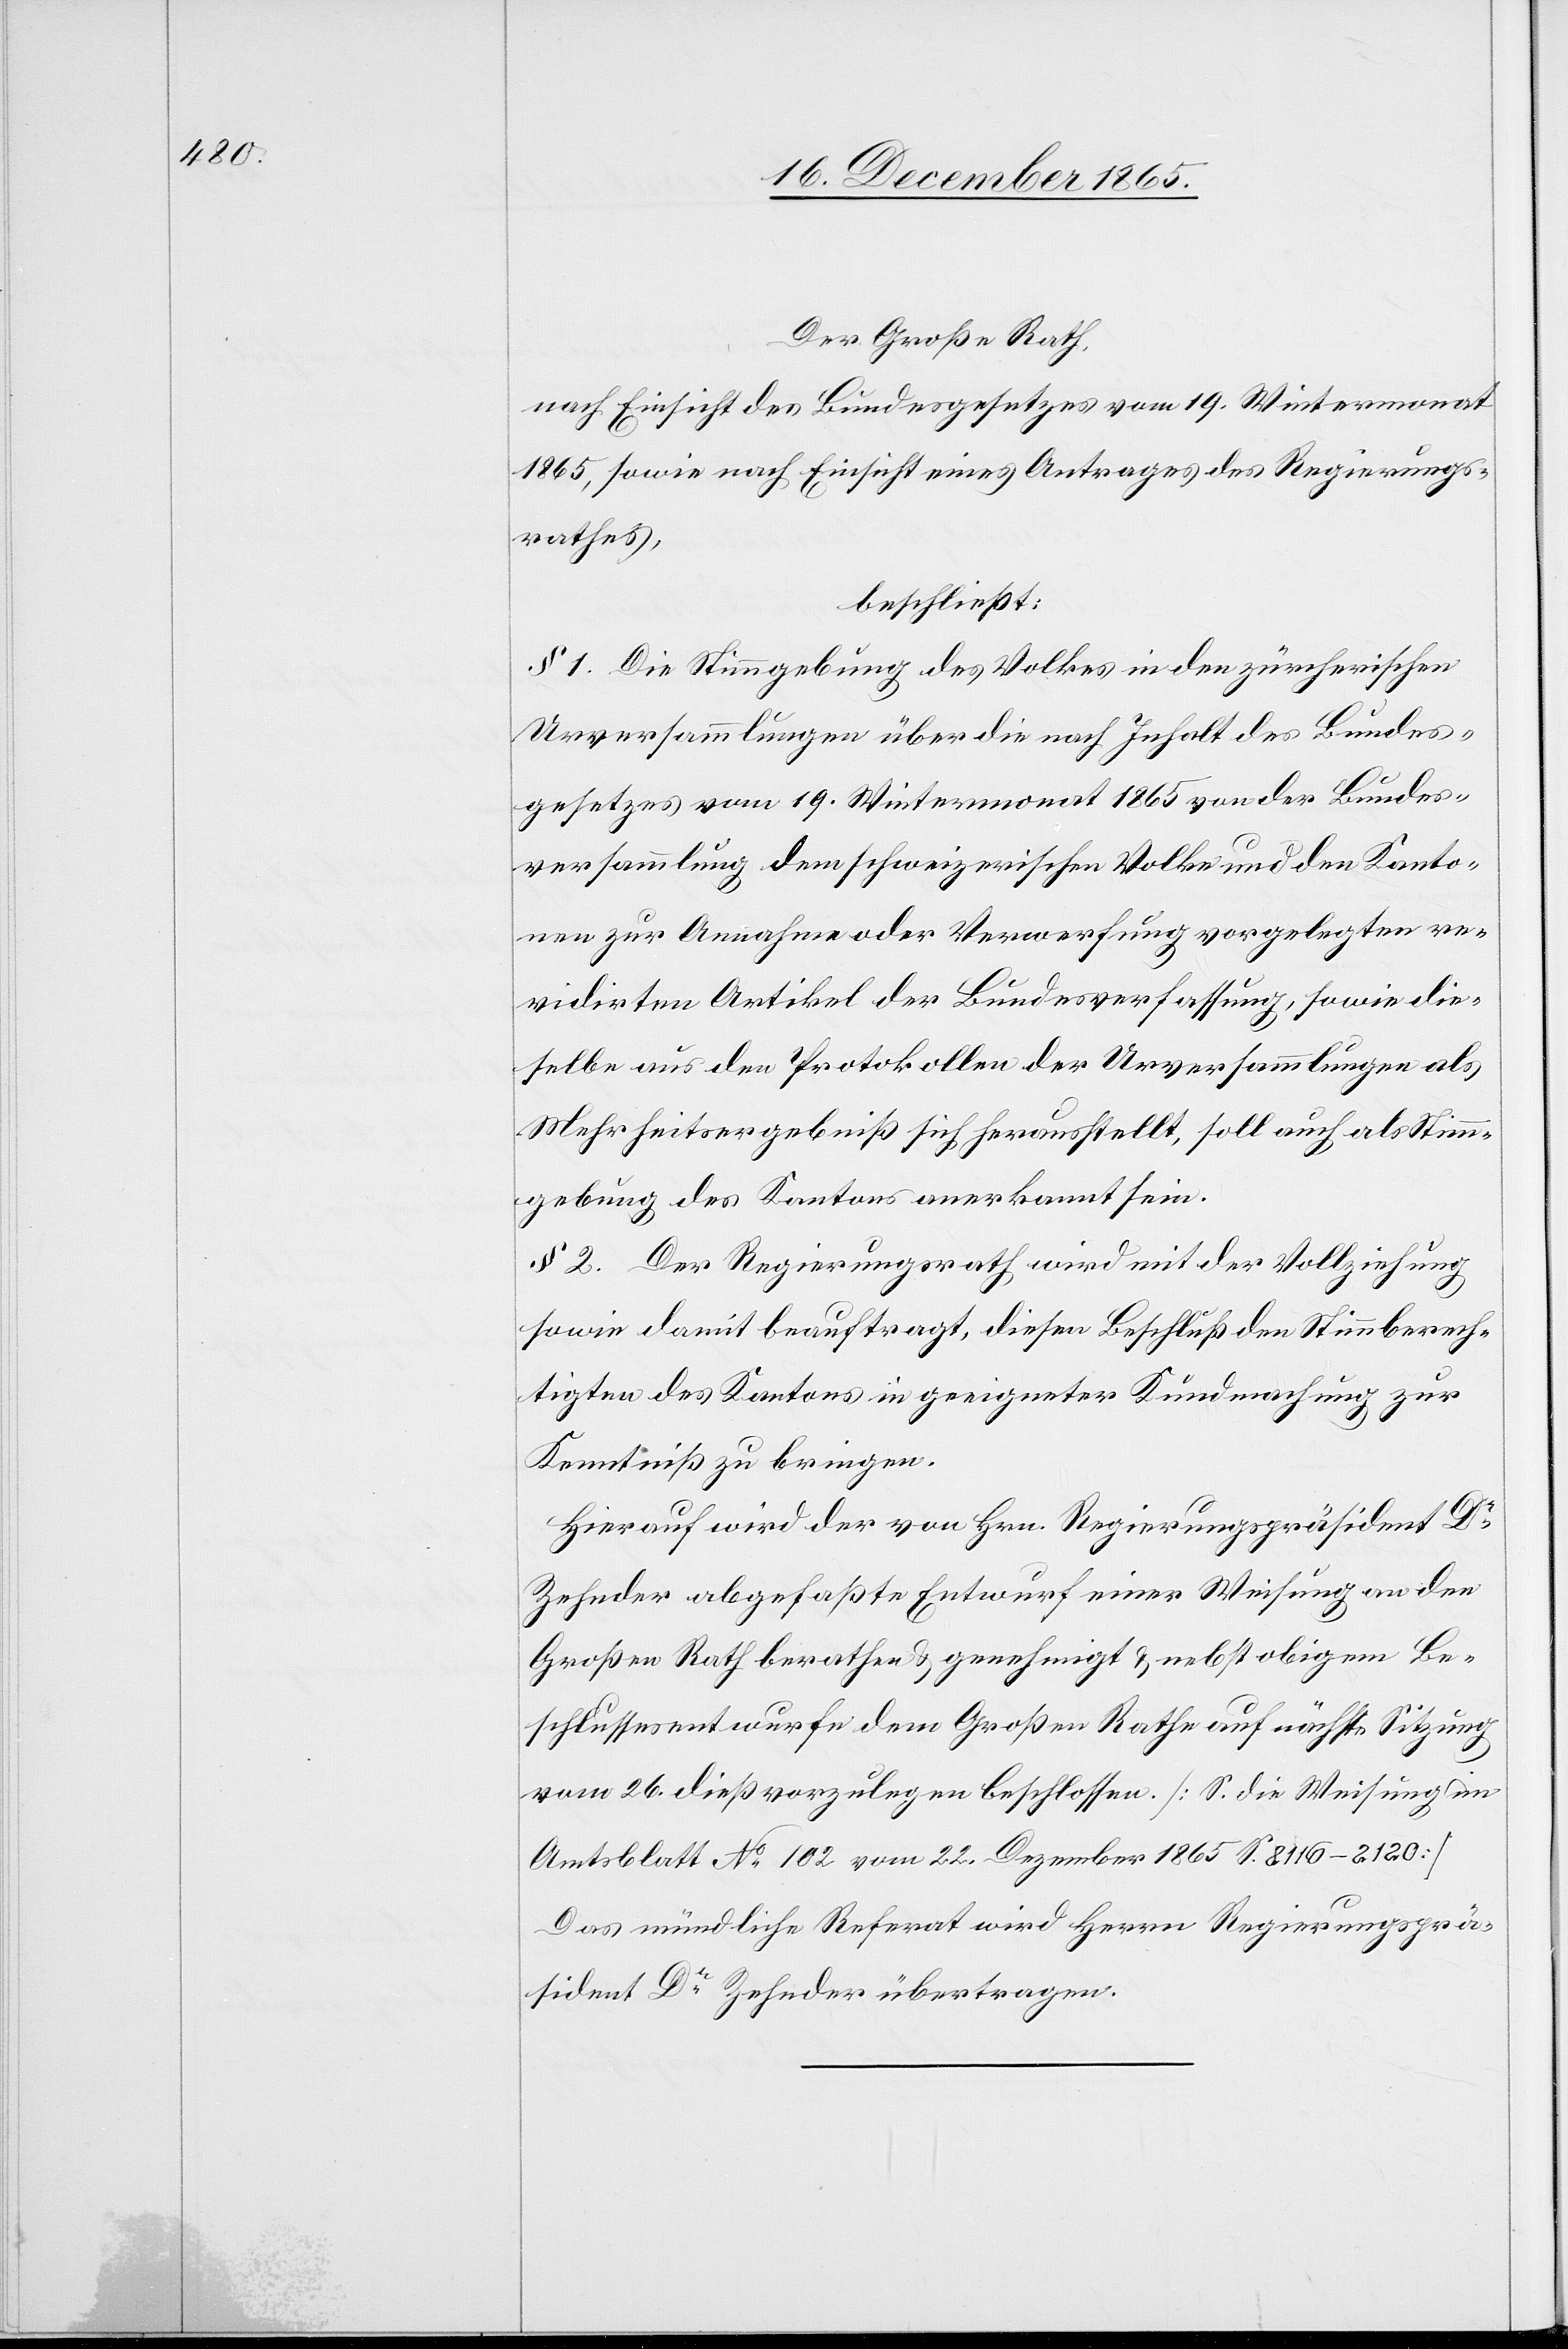
Der Große Rath,
nach Einsicht des Bundesgesetzes vom 19. Wintermonat
1865, sowie nach Einsicht eines Antrages des Regierungs¬
rathes,
beschließt:
§ 1. Die Stimmgebung des Volkes in den zürcherischen
Urversammlungen über die nach Inhalt des Bundes¬
gesetzes vom 19. Wintermonat 1865 von der Bundes¬
versammlung dem schweizerischen Volke und den Kanto¬
nen zur Annahme oder Verwerfung vorgelegten re¬
vidirten Artikel der Bundesverfassung, sowie die¬
selbe aus den Protokollen der Urversammlung als
Mehrheitsergebniß sich herausstellt, soll auch als Stimm¬
gebung des Kantons anerkannt sein.
§ 2. Der Regierungsrath wird mit der Vollziehung
sowie damit beauftragt, diesen Beschluß den Stimmberech¬
tigten des Kantons in geeigneter Kundmachung zur
Kenntniß zu bringen.
Hierauf wird der von Hrn. Regierungspräsident Dr
Zehnder abgefaßte Entwurf einer Weisung an den
Großen Rath berathen & genehmigt & nebst obigem Be¬
schlussesentwurfe dem Großen Rathe auf nächste Sitzung
vom 26. dieß vorzulegen beschlossen. [S. die Weisung im
Amtsblatt No 201 vom 22. Dezember 1865 S. 8116–2120]
Das mündliche Referat wird Herrn Regierungsprä¬
sidenten Dr Zehnder übertragen.